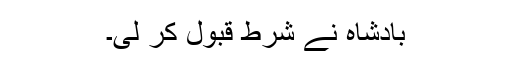
بادشاہ نے شرط قبول کر لی۔